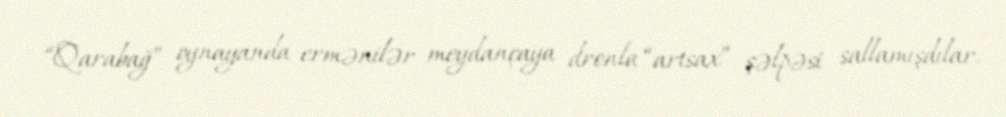
“Qarabağ” oynayanda ermənilər meydançaya dronla “artsax” şəlpəsi sallamışdılar,